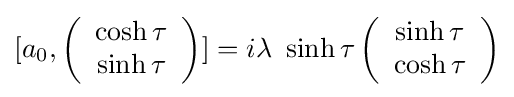
[a_{0},\left({\begin{array}{c}\cosh \tau \\\sinh \tau \end{array}}\right)]=i\lambda ~\sinh \tau \left({\begin{array}{c}\sinh \tau \\\cosh \tau \end{array}}\right)